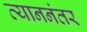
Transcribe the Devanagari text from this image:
त्याननंतर